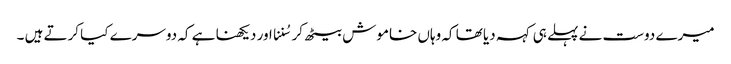
میرے دوست نے پہلے ہی کہہ دیا تھا کہ وہاں خاموش بیٹھ کر سُننا اور دیکھنا ہے کہ دوسرے کیا کرتے ہیں ۔